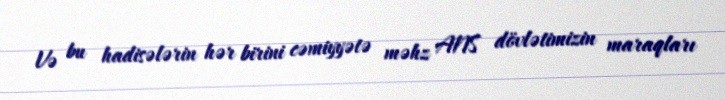
Və bu hadisələrin hər birini cəmiyyətə məhz ANS dövlətimizin maraqları